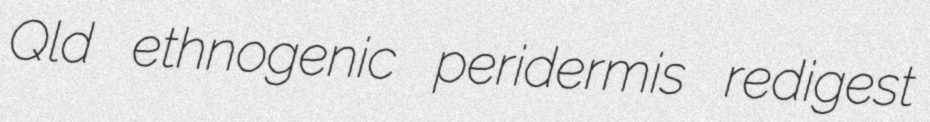
Qld ethnogenic peridermis redigest